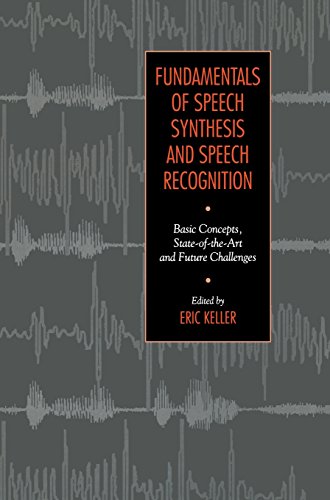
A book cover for Fundamentals of Speech Synthesis and Speech Recognition; Computers & Technology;